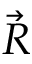
\Vec { R }